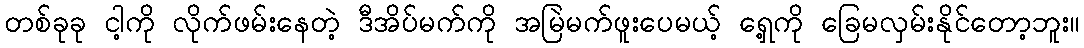
တစ်ခုခု ငါ့ကို လိုက်ဖမ်းနေတဲ့ ဒီအိပ်မက်ကို အမြဲမက်ဖူးပေမယ့် ရှေ့ကို ခြေမလှမ်းနိုင်တော့ဘူး။